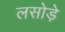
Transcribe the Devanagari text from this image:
लसोडे़